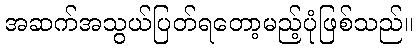
အဆက်အသွယ်ပြတ်ရတော့မည့်ပုံဖြစ်သည်။